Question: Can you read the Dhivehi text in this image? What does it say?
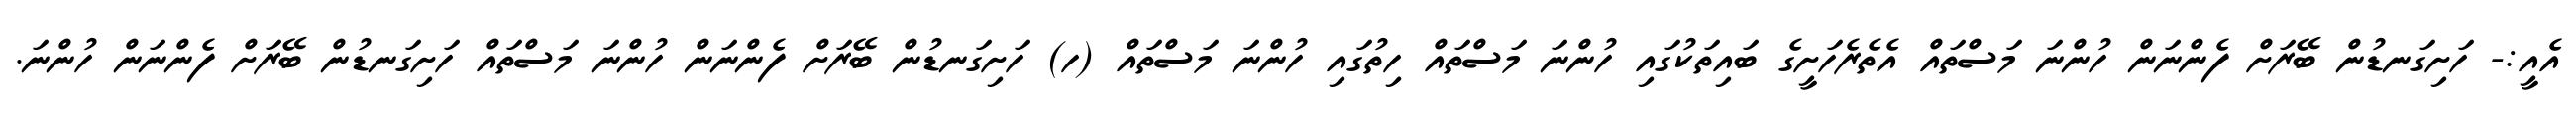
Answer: އެއީ:- ހަށިގަނޑުން ބޭރަށް ފެންނަން ހުންނަ މަސްތައް އެތެރެހަށީގެ ބައިތަކުގައި ހުންނަ މަސްތައް ހިތުގައި ހުންނަ މަސްތައް (ހ) ހަށިގަނޑުން ބޭރަށް ފެންނަން ހުންނަ މަސްތައް ހަށިގަނޑުން ބޭރަށް ފެންނަން ހުންނަ.